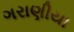
ગરાણીયા